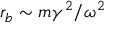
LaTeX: r _ { b } \sim m \gamma ^ { 2 } / \omega ^ { 2 }